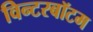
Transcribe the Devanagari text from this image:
विन्टरबॉटम